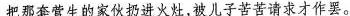
把那套营生的家伙扔进火灶，被儿子苦苦请求才作罢。